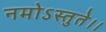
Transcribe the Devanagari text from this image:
नमोऽस्तुते।।